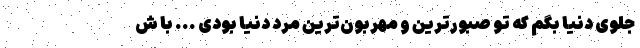
جلوی دنیا بگم که تو صبورترین و مهربون‌ترین مرد دنیا بودی ... با ش